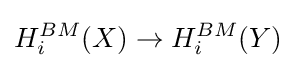
H_{i}^{BM}(X)\to H_{i}^{BM}(Y)